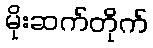
မိုးဆက်တိုက်